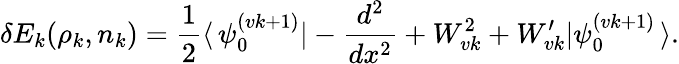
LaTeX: \delta E_{k}(\rho_{k},n_{k})=\frac{1}{2}\langle\, \psi_{0}^{(vk+1)}|-\frac{d^{2}}{dx^{2}}+W_{vk}^{2}+W_{vk}^{\prime}|\psi_{0}^{(vk+1)}\, \rangle.